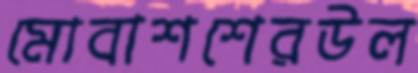
মোবাশশেরউল